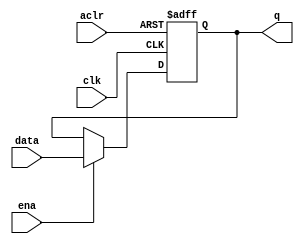
module a_dff(clk, aclr, ena, data, q);
  parameter WIDTH = 8;
  input clk, aclr, ena; 
  input [WIDTH-1:0] data;
  output reg [WIDTH-1:0] q;
  // logic
  always @ (posedge clk or posedge aclr)
  begin
    if (aclr)
      q <= 1'b0;
    else if (ena)
      q <= data;
  end
endmodule